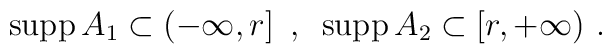
{\rm supp}\,A_1 \subset (-\infty,r]\,\,\,,\,\,\,{\rm supp}\,A_2 \subset[r,+\infty)\,\,.